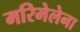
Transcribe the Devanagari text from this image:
मरिमेलेना